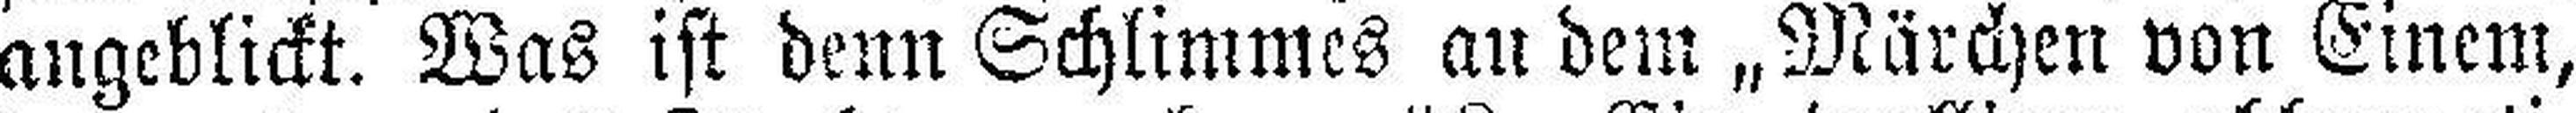
angeblickt. Was ist denn Schlimmes an dem „Märchen von Einem,